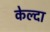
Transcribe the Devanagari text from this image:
केल्दा